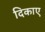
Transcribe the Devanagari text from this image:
दिकाए